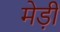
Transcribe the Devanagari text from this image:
मेड़ी